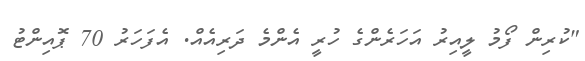
"ކުރިން ފޯމު ލީއިރު އަހަރެންގެ ހުރީ އެންމެ ދަރިއެއް. އެފަހަރު 70 ޕޮއިންޓު